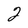
Character: 2